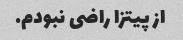
از پیتزا راضی نبودم.